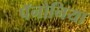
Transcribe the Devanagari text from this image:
पॅनोनिया